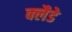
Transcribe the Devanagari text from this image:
क्लैडे